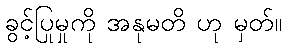
ခွင့်ပြုမှုကို အနုမတိ ဟု မှတ်။